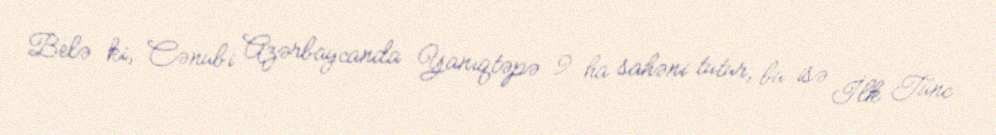
Belə ki, Cənubi Azərbaycanda Yanıqtəpə 9 ha sahəni tutur, bu isə İlk Tunc